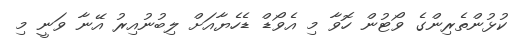
ކުޅުންތެރިންގެ ވޯޓުން ހޮވާ މި އެވޯޑް ޑެހެޔާއަށް ލިބުނުއިރު އޭނާ ވަނީ މި